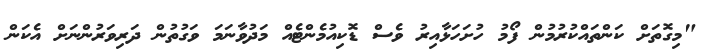
"މިގޮތަށް ކަންތައްކުރުމުން ފޯމު ހުށަހަޅާއިރު ވެސް ޑޮކިއުމެންޓެއް މަދުވާނަމަ ވަގުތުން ދަރިވަރުންނަށް އެކަން